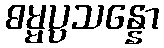
ဓမ္မပ္ပသန္နော